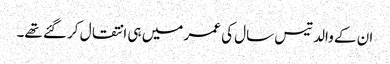
ان کے والد تیس سال کی عمر میں ہی انتقال کر گئے تھے۔